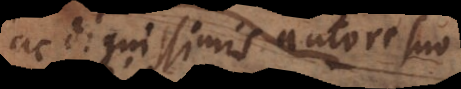
ac dignissimis autore suo